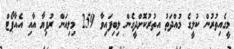
މީގެއިތުރުން ކުލީގެ މުއްދަތު އިތުރުކޮށްދީގެން ލިބިފައިވާ 259 މިލިއަން ރުފިޔާ އާއި އެއާޕޯޓް